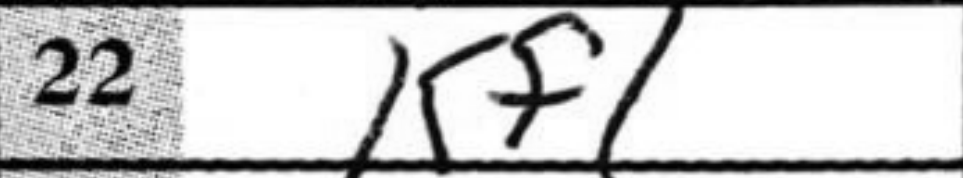
Transcription: Kf1